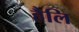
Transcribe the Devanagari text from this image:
हैलि